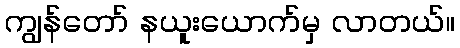
ကျွန်တော် နယူးယောက်မှ လာတယ်။